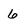
Character: 6